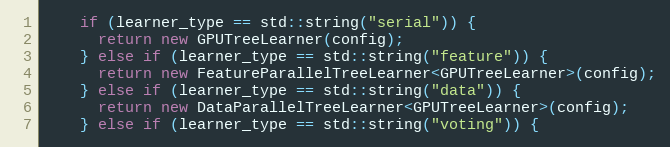
Language: C++
    if (learner_type == std::string("serial")) {
      return new GPUTreeLearner(config);
    } else if (learner_type == std::string("feature")) {
      return new FeatureParallelTreeLearner<GPUTreeLearner>(config);
    } else if (learner_type == std::string("data")) {
      return new DataParallelTreeLearner<GPUTreeLearner>(config);
    } else if (learner_type == std::string("voting")) {